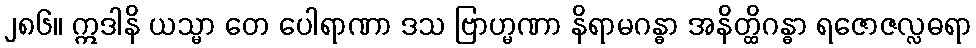
၂၈၆။ ဣဒါနိ ယသ္မာ တေ ပေါရာဏာ ဒသ ဗြာဟ္မဏာ နိရာမဂန္ဓာ အနိတ္ထိဂန္ဓာ ရဇောဇလ္လဓရာ